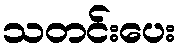
သတင်းပေး